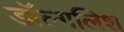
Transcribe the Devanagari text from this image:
डॉल्गलिश